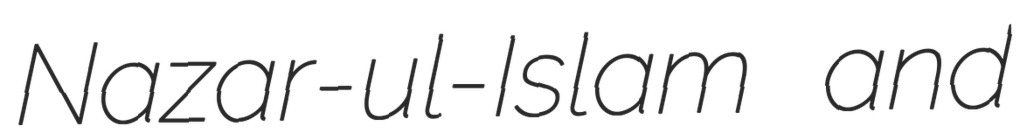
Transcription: Nazar-ul-Islam and